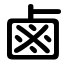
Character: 鹵